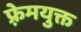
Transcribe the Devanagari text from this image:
फ़्रेमयुक्त